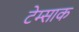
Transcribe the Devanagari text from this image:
टेम्साक